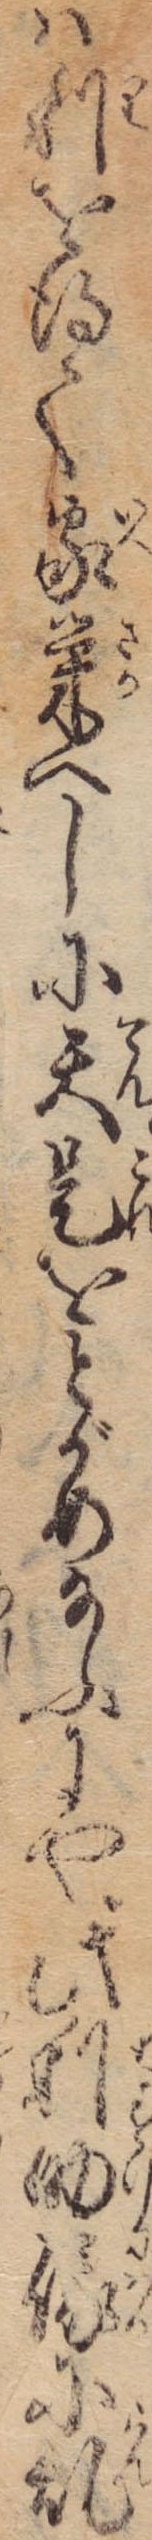
は利を得て家栄へしに天是をとがめ給ふにや此利助俄に乱